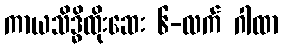
ကာယသိဒ္ဓိထိုးဆေး ၆-လက် ဂါထာ